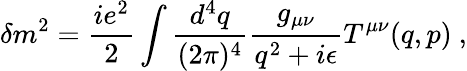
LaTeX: \delta m^{2}=\frac{ie^{2}}{2}\int\frac{d^{4}q}{(2\pi)^{4}}\frac{g_{\mu\nu}}{q^{2}+i\epsilon}T^{\mu\nu}(q,p)\ ,